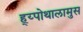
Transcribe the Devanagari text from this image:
ह्य्पोथालामुस